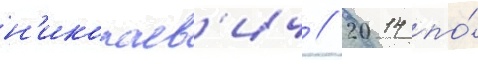
н'иколаев'ич // 2014 по́